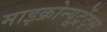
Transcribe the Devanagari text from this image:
माइक्रोन्यूट्रेंट्स